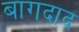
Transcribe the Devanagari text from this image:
बागदाद